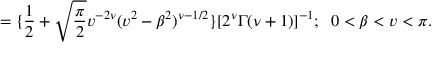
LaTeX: = \{ \frac { 1 } { 2 } + \sqrt { \frac { \pi } { 2 } } v ^ { - 2 \nu } ( v ^ { 2 } - \beta ^ { 2 } ) ^ { \nu - 1 / 2 } \} [ 2 ^ { \nu } \Gamma ( \nu + 1 ) ] ^ { - 1 } ; \; \; 0 < \beta < v < \pi .